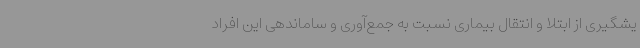
یشگیری از ابتلا و انتقال بیماری نسبت به جمع‌آوری و ساماندهی این افراد